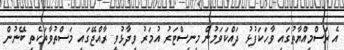
އެ ރަސްމިއްޔާތުގައި ވާހަކަފުޅު ދައްކަވަމުން މިނިސްޓަރު އުމަރު ވިދާޅުވީ ރާއްޖޭގައި މަސްތުވާތަކެތި ބޭނުން